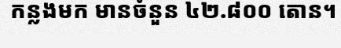
កន្លងមក មានចំនួន ៤២.៨០០ តោន។